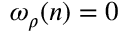
\omega _ { \rho } ( \boldsymbol n ) = 0